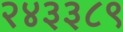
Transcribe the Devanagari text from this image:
२४३३८९